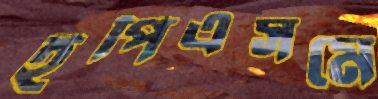
ইপিএসমে